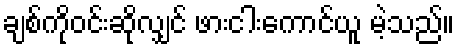
ချစ်ကိုဝင်းဆိုလျှင် ဖားငါးကောင်ယူ မဲ့သည်။